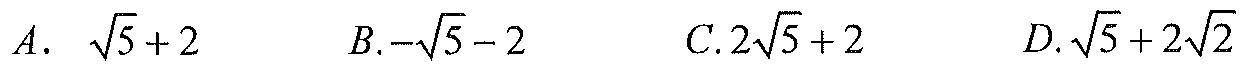
\(A.\ \sqrt{5}+2\)  \(\ \ \ \ \ B.-\sqrt{5}-2\)  \(\ \ \ \ \ C.2\sqrt{5}+2\)  \(\ \ \ \ \ D.\sqrt{5}+2\sqrt{2}\)